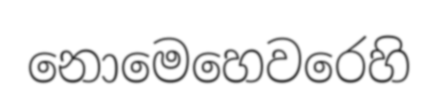
නොමෙහෙවරෙහි